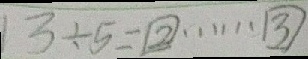
1 3 \div 5 = 2 \cdots 3